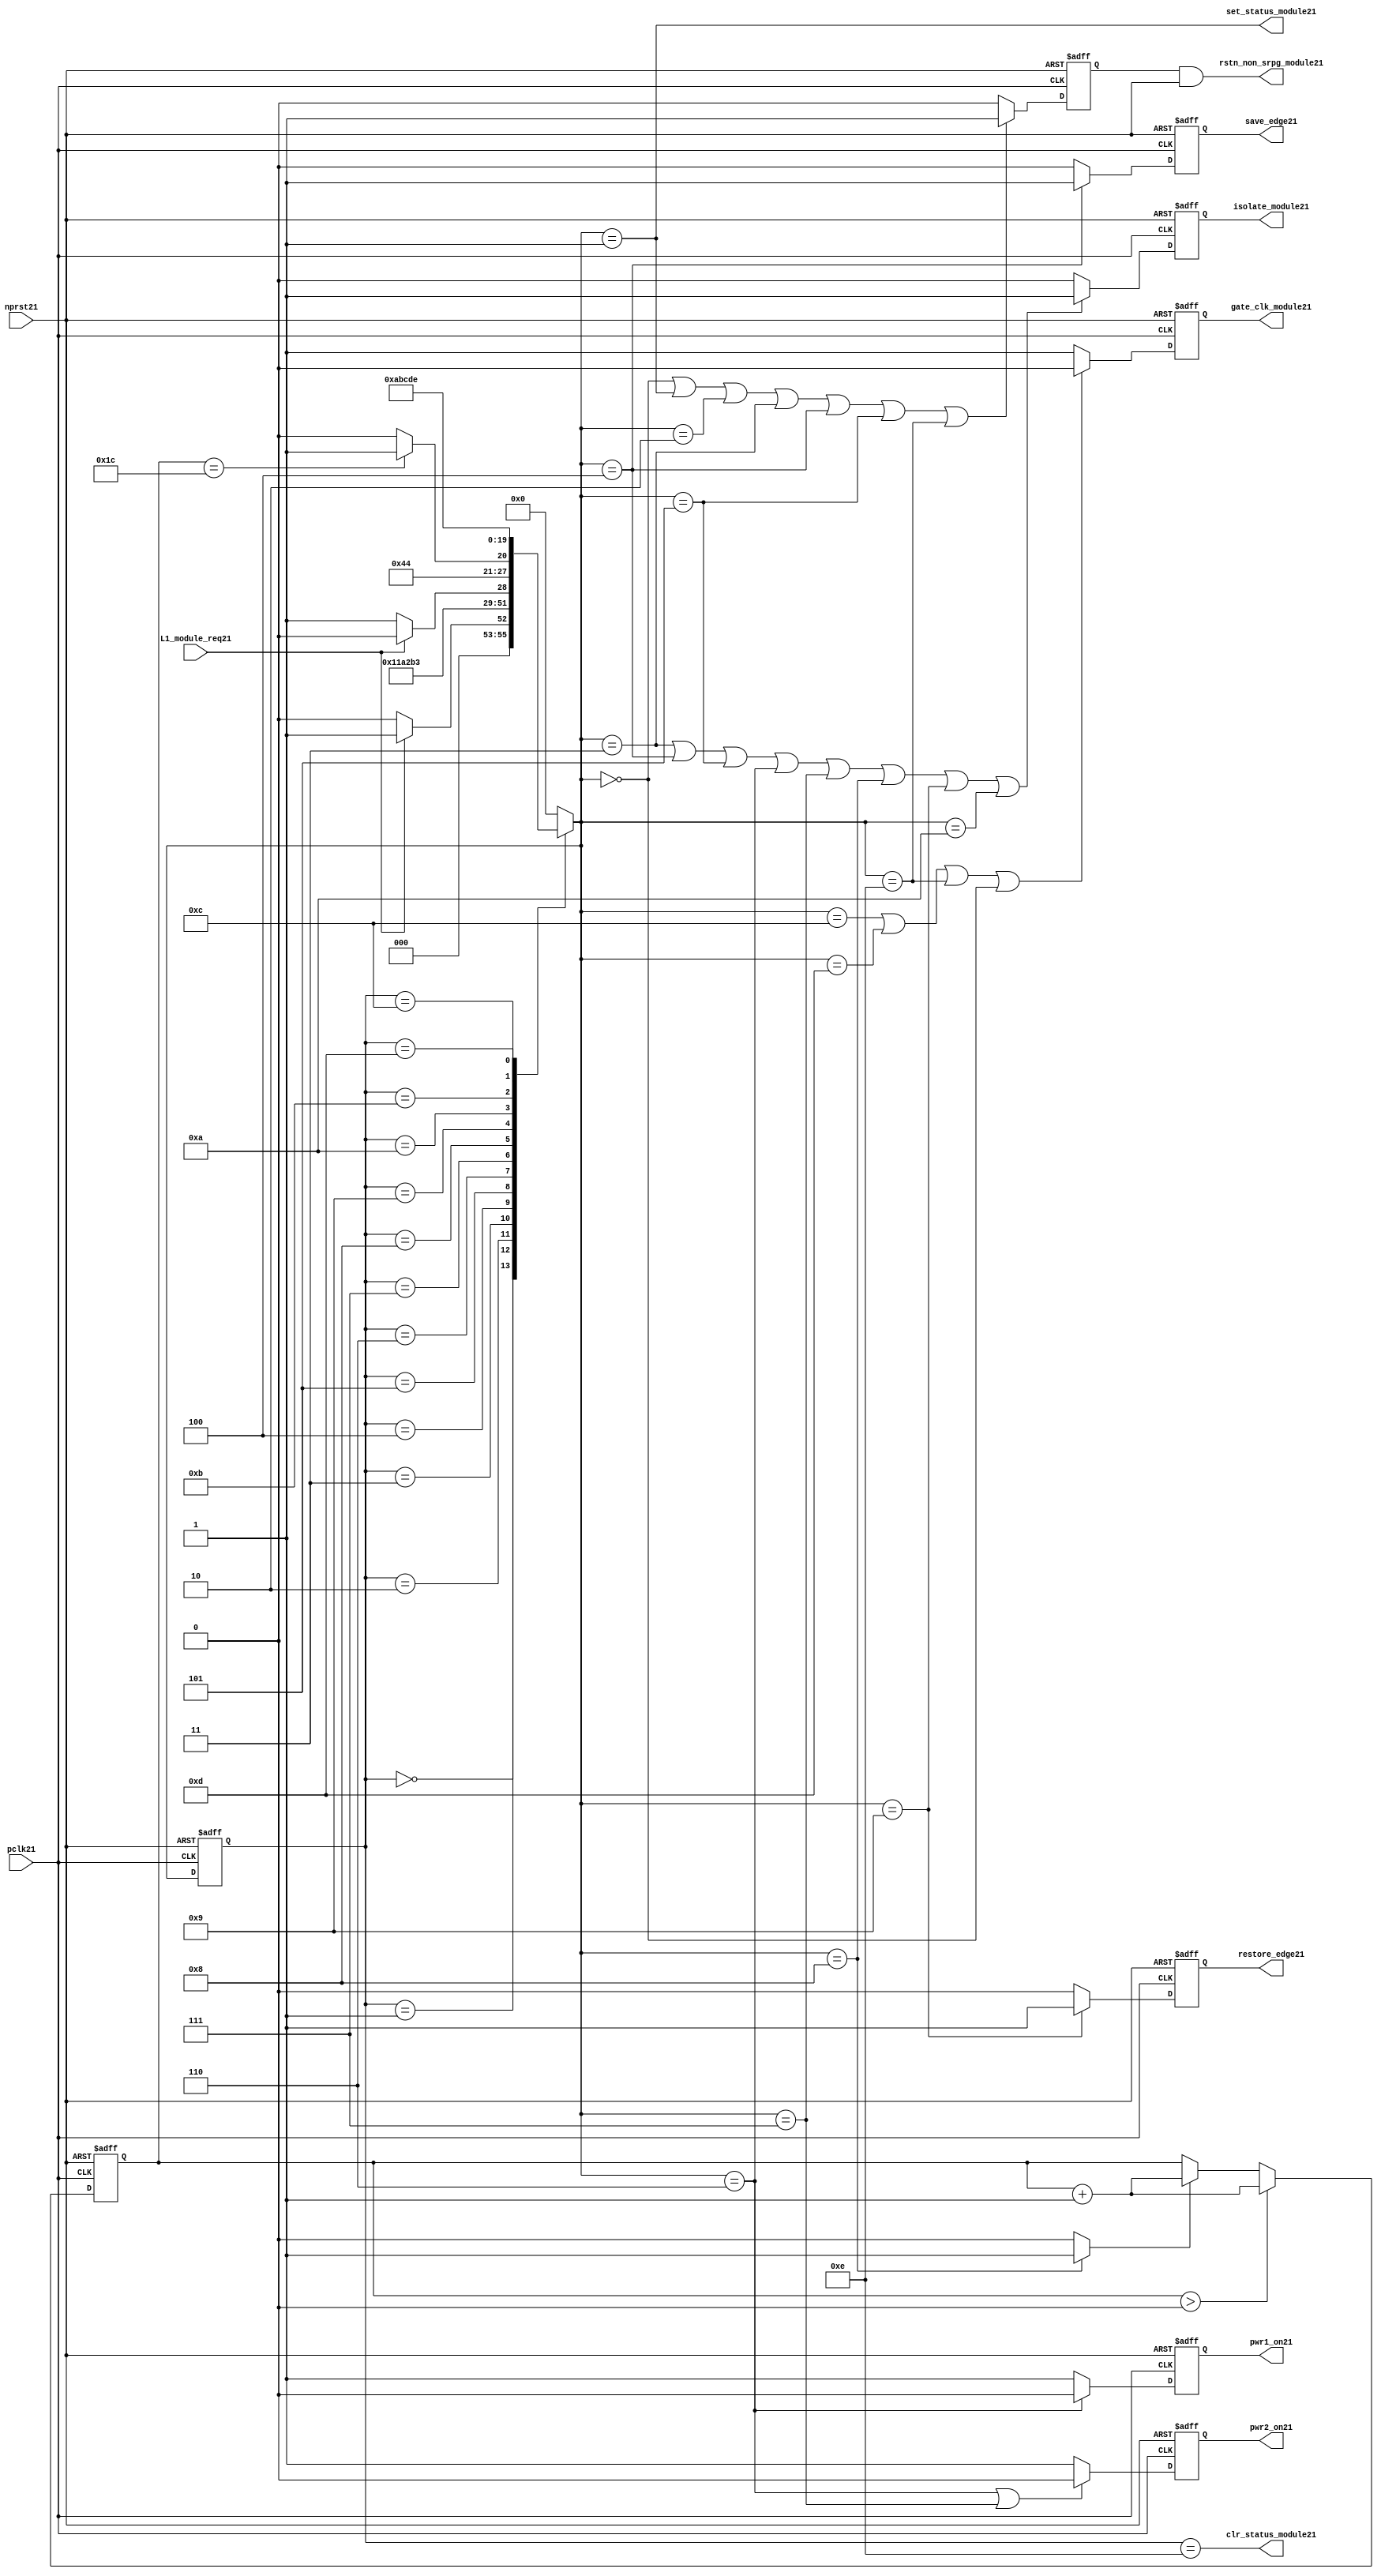
//File21 name   : power_ctrl_sm21.v
//Title21       : Power21 Controller21 state machine21
//Created21     : 1999
//Description21 : State21 machine21 of power21 controller21
//Notes21       : 
//----------------------------------------------------------------------
//   Copyright21 1999-2010 Cadence21 Design21 Systems21, Inc21.
//   All Rights21 Reserved21 Worldwide21
//
//   Licensed21 under the Apache21 License21, Version21 2.0 (the
//   "License21"); you may not use this file except21 in
//   compliance21 with the License21.  You may obtain21 a copy of
//   the License21 at
//
//       http21://www21.apache21.org21/licenses21/LICENSE21-2.0
//
//   Unless21 required21 by applicable21 law21 or agreed21 to in
//   writing, software21 distributed21 under the License21 is
//   distributed21 on an "AS21 IS21" BASIS21, WITHOUT21 WARRANTIES21 OR21
//   CONDITIONS21 OF21 ANY21 KIND21, either21 express21 or implied21.  See
//   the License21 for the specific21 language21 governing21
//   permissions21 and limitations21 under the License21.
//----------------------------------------------------------------------
module power_ctrl_sm21 (

    // Clocks21 & Reset21
    pclk21,
    nprst21,

    // Register Control21 inputs21
    L1_module_req21,
    set_status_module21,
    clr_status_module21,

    // Module21 control21 outputs21
    rstn_non_srpg_module21,
    gate_clk_module21,
    isolate_module21,
    save_edge21,
    restore_edge21,
    pwr1_on21,
    pwr2_on21

);

input    pclk21;
input    nprst21;

input    L1_module_req21;
output   set_status_module21;
output   clr_status_module21;
    
output   rstn_non_srpg_module21;
output   gate_clk_module21;
output   isolate_module21;
output   pwr1_on21;
output   pwr2_on21;
output save_edge21;
output restore_edge21;

wire    set_status_module21;
wire    clr_status_module21;

wire    rstn_non_srpg_module21;
reg     gate_clk_module21;
reg     isolate_module21;
reg     pwr1_on21;
reg     pwr2_on21;

reg save_edge21;

reg restore_edge21;
   
// FSM21 state
reg  [3:0] currentState21, nextState21;
reg     rstn_non_srpg21;
reg [4:0] trans_cnt21;

parameter Init21 = 0; 
parameter Clk_off21 = 1; 
parameter Wait121 = 2; 
parameter Isolate21 = 3; 
parameter Save_edge21 = 4; 
parameter Pre_pwr_off21 = 5; 
parameter Pwr_off21 = 6; 
parameter Pwr_on121 = 7; 
parameter Pwr_on221 = 8; 
parameter Restore_edge21 = 9; 
parameter Wait221 = 10; 
parameter De_isolate21 = 11; 
parameter Clk_on21 = 12; 
parameter Wait321 = 13; 
parameter Rst_clr21 = 14;


// Power21 Shut21 Off21 State21 Machine21

// FSM21 combinational21 process
always @  (*)
  begin
    case (currentState21)

      // Commence21 PSO21 once21 the L121 req bit is set.
      Init21:
        if (L1_module_req21 == 1'b1)
          nextState21 = Clk_off21;         // Gate21 the module's clocks21 off21
        else
          nextState21 = Init21;            // Keep21 waiting21 in Init21 state
        
      Clk_off21 :
        nextState21 = Wait121;             // Wait21 for one cycle
 
      Wait121  :                         // Wait21 for clk21 gating21 to take21 effect
        nextState21 = Isolate21;           // Start21 the isolation21 process
          
      Isolate21 :
        nextState21 = Save_edge21;
        
      Save_edge21 :
        nextState21 = Pre_pwr_off21;

      Pre_pwr_off21 :
        nextState21 = Pwr_off21;
      // Exit21 PSO21 once21 the L121 req bit is clear.

      Pwr_off21 :
        if (L1_module_req21 == 1'b0)
          nextState21 = Pwr_on121;         // Resume21 power21 if the L1_module_req21 bit is cleared21
        else
          nextState21 = Pwr_off21;         // Wait21 until the L1_module_req21 bit is cleared21
        
      Pwr_on121 :
        nextState21 = Pwr_on221;
          
      Pwr_on221 :
        if(trans_cnt21 == 5'd28)
          nextState21 = Restore_edge21;
        else 
          nextState21 = Pwr_on221;
          
      Restore_edge21 :
        nextState21 = Wait221;

      Wait221 :
        nextState21 = De_isolate21;
          
      De_isolate21 :
        nextState21 = Clk_on21;
          
      Clk_on21 :
        nextState21 = Wait321;
          
      Wait321  :                         // Wait21 for clock21 to resume
        nextState21 = Rst_clr21 ;     
 
      Rst_clr21 :
        nextState21 = Init21;
        
      default  :                       // Catch21 all
        nextState21 = Init21; 
        
    endcase
  end


  // Signals21 Sequential21 process - gate_clk_module21
always @ (posedge pclk21 or negedge nprst21)
  begin
    if (~nprst21)
      gate_clk_module21 <= 1'b0;
    else 
      if (nextState21 == Clk_on21 | nextState21 == Wait321 | nextState21 == Rst_clr21 | 
          nextState21 == Init21)
          gate_clk_module21 <= 1'b0;
      else
          gate_clk_module21 <= 1'b1;
  end

// Signals21 Sequential21 process - rstn_non_srpg21
always @ (posedge pclk21 or negedge nprst21)
  begin
    if (~nprst21)
      rstn_non_srpg21 <= 1'b0;
    else
      if ( nextState21 == Init21 | nextState21 == Clk_off21 | nextState21 == Wait121 | 
           nextState21 == Isolate21 | nextState21 == Save_edge21 | nextState21 == Pre_pwr_off21 | nextState21 == Rst_clr21)
        rstn_non_srpg21 <= 1'b1;
      else
        rstn_non_srpg21 <= 1'b0;
   end


// Signals21 Sequential21 process - pwr1_on21 & pwr2_on21
always @ (posedge pclk21 or negedge nprst21)
  begin
    if (~nprst21)
      pwr1_on21 <=  1'b1;  // power21 gates21 1 & 2 are on
    else
      if (nextState21 == Pwr_off21 )
        pwr1_on21 <= 1'b0;  // shut21 off21 both power21 gates21 1 & 2
      else
        pwr1_on21 <= 1'b1;
  end


// Signals21 Sequential21 process - pwr1_on21 & pwr2_on21
always @ (posedge pclk21 or negedge nprst21)
  begin
    if (~nprst21)
       pwr2_on21 <= 1'b1;      // power21 gates21 1 & 2 are on
    else
      if (nextState21 == Pwr_off21 | nextState21 == Pwr_on121)
        pwr2_on21 <= 1'b0;     // shut21 off21 both power21 gates21 1 & 2
      else
        pwr2_on21 <= 1'b1;
   end


// Signals21 Sequential21 process - isolate_module21 
always @ (posedge pclk21 or negedge nprst21)
  begin
    if (~nprst21)
        isolate_module21 <= 1'b0;
    else
      if (nextState21 == Isolate21 | nextState21 == Save_edge21 | nextState21 == Pre_pwr_off21 |  nextState21 == Pwr_off21 | nextState21 == Pwr_on121 |
          nextState21 == Pwr_on221 | nextState21 == Restore_edge21 | nextState21 == Wait221)
         isolate_module21 <= 1'b1;       // Activate21 the isolate21 and retain21 signals21
      else
         isolate_module21 <= 1'b0;        
   end    

// enabling save edge
always @ (posedge pclk21 or negedge nprst21)
  begin
    if (~nprst21)
        save_edge21 <= 1'b0;
    else
      if (nextState21 == Save_edge21 )
         save_edge21 <= 1'b1;       // Activate21 the isolate21 and retain21 signals21
      else
         save_edge21 <= 1'b0;        
   end    
// stabilising21 count
wire restore_change21;
assign restore_change21 = (nextState21 == Pwr_on221) ? 1'b1: 1'b0;

always @ (posedge pclk21 or negedge nprst21)
  begin
    if (~nprst21)
      trans_cnt21 <= 0;
    else if (trans_cnt21 > 0)
      trans_cnt21  <= trans_cnt21 + 1;
    else if (restore_change21)
      trans_cnt21  <= trans_cnt21 + 1;
  end

// enabling restore21 edge
always @ (posedge pclk21 or negedge nprst21)
  begin
    if (~nprst21)
        restore_edge21 <= 1'b0;
    else
      if (nextState21 == Restore_edge21)
         restore_edge21 <= 1'b1;       // Activate21 the isolate21 and retain21 signals21
      else
         restore_edge21 <= 1'b0;        
   end    


// FSM21 Sequential21 process
always @ (posedge pclk21 or negedge nprst21)
  begin
    if (~nprst21)
      currentState21 <= Init21;
    else
      currentState21 <= nextState21;
  end


// Reset21 for non-SRPG21 FFs21 is a combination21 of the nprst21 and the reset during PSO21
assign  rstn_non_srpg_module21 = rstn_non_srpg21 & nprst21;

assign  set_status_module21 = (nextState21 == Clk_off21);    // Set the L121 status bit  
assign  clr_status_module21 = (currentState21 == Rst_clr21); // Clear the L121 status bit  
  

`ifdef LP_ABV_ON21

// psl21 default clock21 = (posedge pclk21);

// Never21 have the set and clear status signals21 both set
// psl21 output_no_set_and_clear21 : assert never {set_status_module21 & clr_status_module21};



// Isolate21 signal21 should become21 active on the 
// Next21 clock21 after Gate21 signal21 is activated21
// psl21 output_pd_seq21:
//    assert always
//	  {rose21(gate_clk_module21)} |=> {[*1]; {rose21(isolate_module21)} }
//    abort21(~nprst21);
//
//
//
// Reset21 signal21 for Non21-SRPG21 FFs21 and POWER21 signal21 for
// SMC21 should become21 LOW21 on clock21 cycle after Isolate21 
// signal21 is activated21
// psl21 output_pd_seq_stg_221:
//    assert always
//    {rose21(isolate_module21)} |=>
//    {[*2]; {{fell21(rstn_non_srpg_module21)} && {fell21(pwr1_on21)}} }
//    abort21(~nprst21);
//
//
// Whenever21 pwr1_on21 goes21 to LOW21 pwr2_on21 should also go21 to LOW21
// psl21 output_pwr2_low21:
//    assert always
//    { fell21(pwr1_on21) } |->  { fell21(pwr2_on21) }
//    abort21(~nprst21);
//
//
// Whenever21 pwr1_on21 becomes HIGH21 , On21 Next21 clock21 cycle pwr2_on21
// should also become21 HIGH21
// psl21 output_pwr2_high21:
//    assert always
//    { rose21(pwr1_on21) } |=>  { (pwr2_on21) }
//    abort21(~nprst21);
//
`endif


endmodule